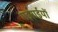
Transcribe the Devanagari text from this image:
गइराईयों